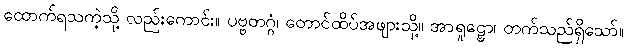
ထောက်ရသကဲ့သို့ လည်းကောင်း။ ပဗ္ဗတဂ္ဂံ၊ တောင်ထိပ်အဖျားသို့။ အာရူဠှော၊ တက်သည်ရှိသော်။